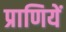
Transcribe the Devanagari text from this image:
प्राणियें